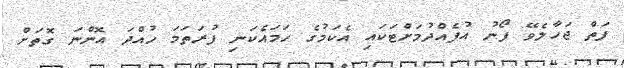
ފަތް ޖަހާލެވޭ ފޯނު އުފެއްދުމަށްޓަކައި އެކަމުގެ ހަމައެކަނި ފުރަތަމަ ހުއްދަ އޮންނަ ގޮތަށް